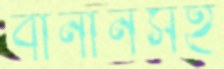
বানানসহ